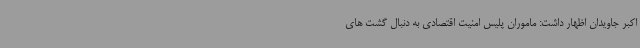
اکبر جاویدان اظهار داشت: ماموران پلیس امنیت اقتصادی به دنبال گشت های